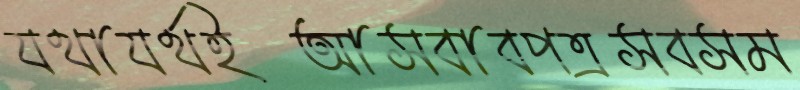
যথাযর্থইআসবাবপত্রসবসম